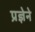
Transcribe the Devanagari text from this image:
प्रज्ञेने